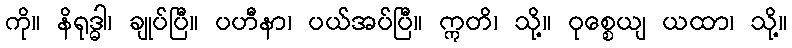
ကို။ နိရုဒ္ဓါ၊ ချုပ်ပြီ။ ပဟီနာ၊ ပယ်အပ်ပြီ။ ဣတိ၊ သို့။ ဝုစ္စေယျ ယထာ၊ သို့။